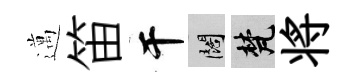
邁笛干闊梵将